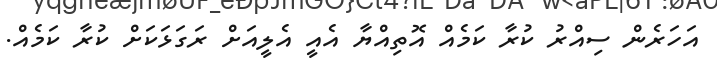
އަހަރެން ސިއްރު ކުރާ ކަމެއް އޮތިއްޔާ އެއީ އެލީއަށް ރަގަޅަކަށް ކުރާ ކަމެއް.